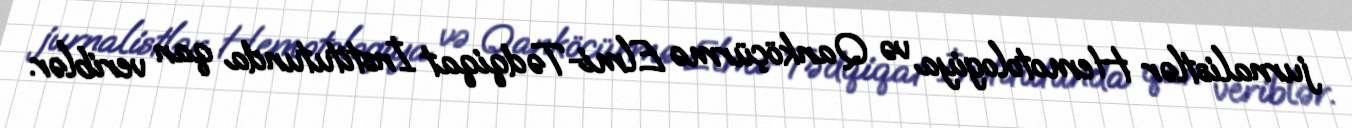
jurnalistlər Hemotologiya və Qanköçürmə Elmi-Tədqiqat İnstitutunda qan veriblər.